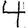
Digit: 4